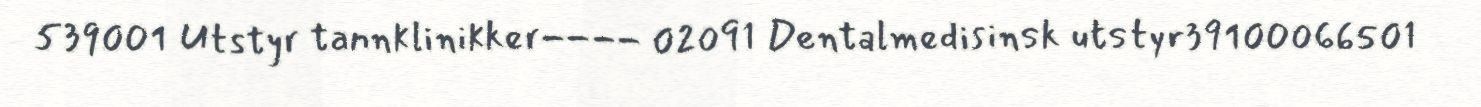
539001 Utstyr tannklinikker---- 02091 Dentalmedisinsk utstyr39100066501